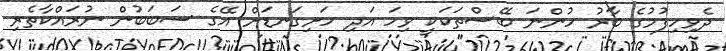
ދެވިހިފުމުގެ ބާރު ހުންނަ ބޭސްތަކަކީ ވިހަ އަދި ހަށިގަނޑަށް އޭގެ ސަބަބުން ނުރައްކާތެރި